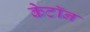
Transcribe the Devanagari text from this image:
केटॉन